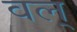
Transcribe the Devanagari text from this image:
वल्‌